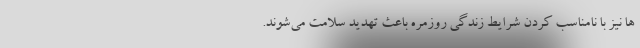
ها نیز با نامناسب کردن شرایط زندگی روزمره باعث تهدید سلامت می‌شوند.